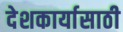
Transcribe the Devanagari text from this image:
देशकार्यासाठी